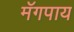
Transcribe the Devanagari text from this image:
मॅगपाय